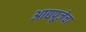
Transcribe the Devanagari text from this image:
आद्यपूजेचा